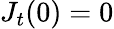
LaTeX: J_{t}(0)=0